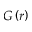
G \left( r \right)